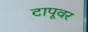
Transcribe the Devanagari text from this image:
टापूवर